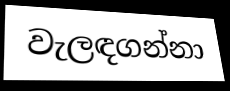
වැලඳගන්නා